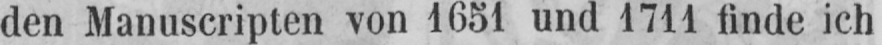
den Manuscripten von 1651 und 1711 finde ich